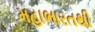
મહાભારતથી